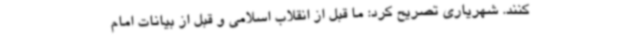
کنند. شهریاری تصریح کرد: ما قبل از انقلاب اسلامی و قبل از بیانات امام